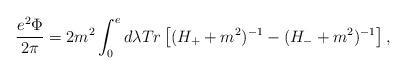
LaTeX: \begin{align*}\displaystyle\frac{e^2 \Phi}{2\pi} = 2m^2 \displaystyle\int^e_0 d\lambda Tr \left[(H_+ + m^2)^{-1} - (H_- + m^2)^{-1}\right],\end{align*}